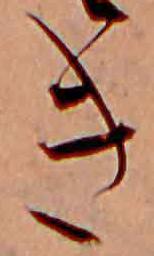
き